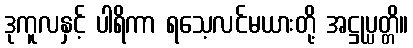
ဒုကူလနှင့် ပါရိကာ ရသေ့လင်မယားတို့ အဋ္ဌုပ္ပတ္တိ။